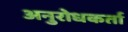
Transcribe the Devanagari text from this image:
अनुरोधकर्ता